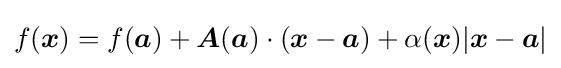
f({\boldsymbol {x}})=f({\boldsymbol {a}})+{\boldsymbol {A}}({\boldsymbol {a}})\cdot ({\boldsymbol {x}}-{\boldsymbol {a}})+\alpha ({\boldsymbol {x}})|{\boldsymbol {x}}-{\boldsymbol {a}}|